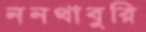
ননথাবুরি